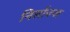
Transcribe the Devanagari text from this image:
निर्लाज्ज